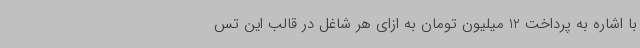
با اشاره به پرداخت 12 میلیون تومان به ازای هر شاغل در قالب این تس